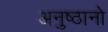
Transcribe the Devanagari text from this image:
अनुष्ठानो